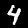
Digit: 4